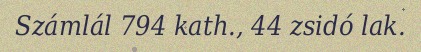
Számlál 794 kath., 44 zsidó lak.